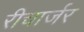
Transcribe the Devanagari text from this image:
रीचार्जर